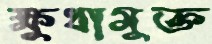
ক্ষুধামুক্ত